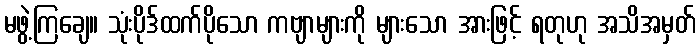
မဖွဲ့ကြချေ။ သုံးပိုဒ်ထက်ပိုသော ကဗျာများကို များသော အားဖြင့် ရတုဟု အသိအမှတ်